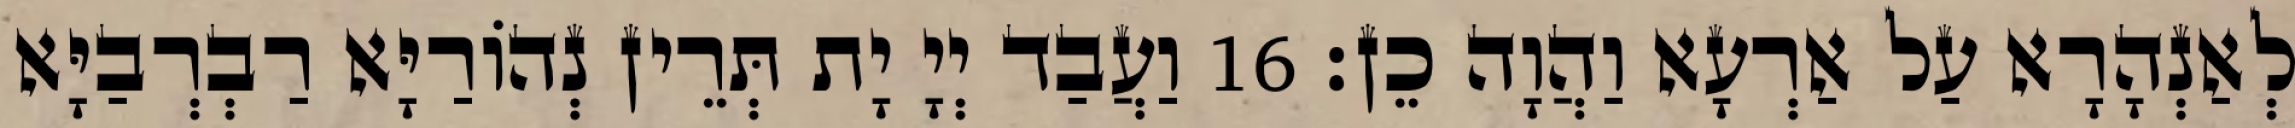
לְאַנְהָרָא עַל אַרְעָא וַהֲוָה כֵן׃ 16 וַעֲבַד יְיָ יָת תְּרֵין נְהוֹרַיָּא רַבְרְבַיָּא